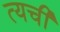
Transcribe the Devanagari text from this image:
त्यची